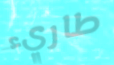
طاريء